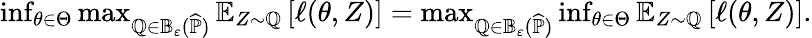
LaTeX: \begin{array}{r}{\operatorname*{inf}_{\theta\in\Theta}\operatorname*{max}_{\mathbb Q\in\mathbb B_{\varepsilon}(\widehat{\mathbb P})}\mathbb E_{Z\sim\mathbb Q}\left[\ell(\theta,Z)\right]=\operatorname*{max}_{\mathbb Q\in\mathbb B_{\varepsilon}(\widehat{\mathbb P})}\operatorname*{inf}_{\theta\in\Theta}\mathbb E_{Z\sim\mathbb Q}\left[\ell(\theta,Z)\right].}\end{array}